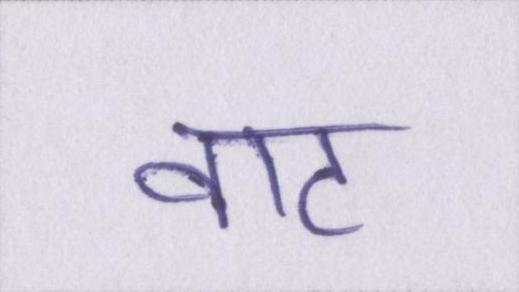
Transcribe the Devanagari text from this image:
वाट